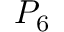
P _ { 6 }